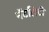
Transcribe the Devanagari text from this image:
नॅटलिटी